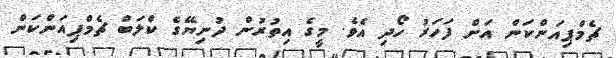
ޗެމްޕިއަންކަން އަށް ފަހަރު ހޯދި އެވެ. މީގެ އިތުރުން ދުނިޔޭގެ ކްލަބް ޗެމްޕިއަންކަން